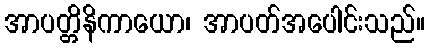
အာပတ္တိနိကာယော၊ အာပတ်အပေါင်းသည်။